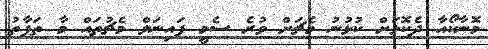
މޮނާކޯއާ ދެކޮޅަށް ކުޅުނު މެޗަށް ވުރެ ސެމީ ފައިނަލް މެޗުތައް މާ ތަފާތު